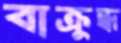
বাক্রুদ্ধ